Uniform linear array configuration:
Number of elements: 64
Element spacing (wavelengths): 0.25
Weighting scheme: binomial
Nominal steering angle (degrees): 45
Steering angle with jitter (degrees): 44.535
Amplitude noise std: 0.05
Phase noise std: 0.05

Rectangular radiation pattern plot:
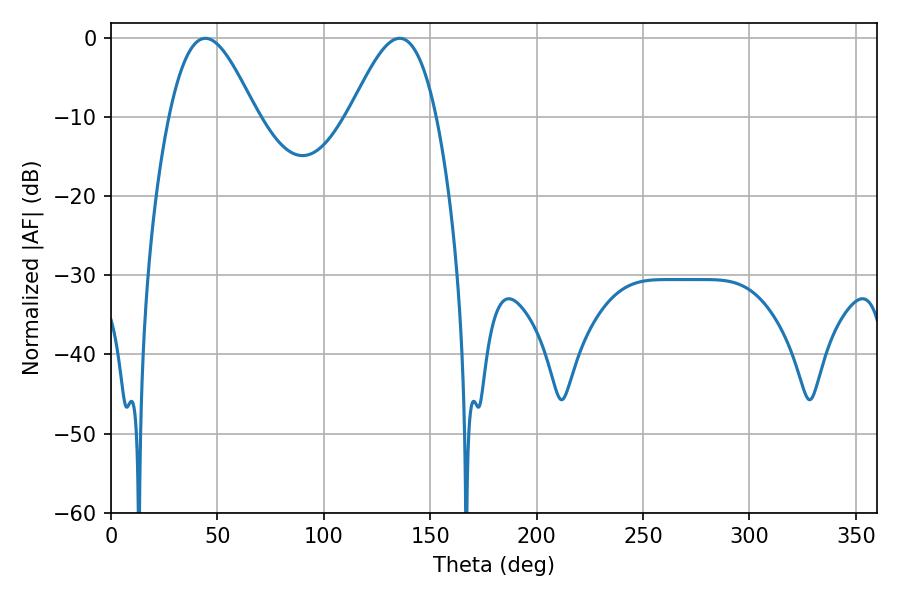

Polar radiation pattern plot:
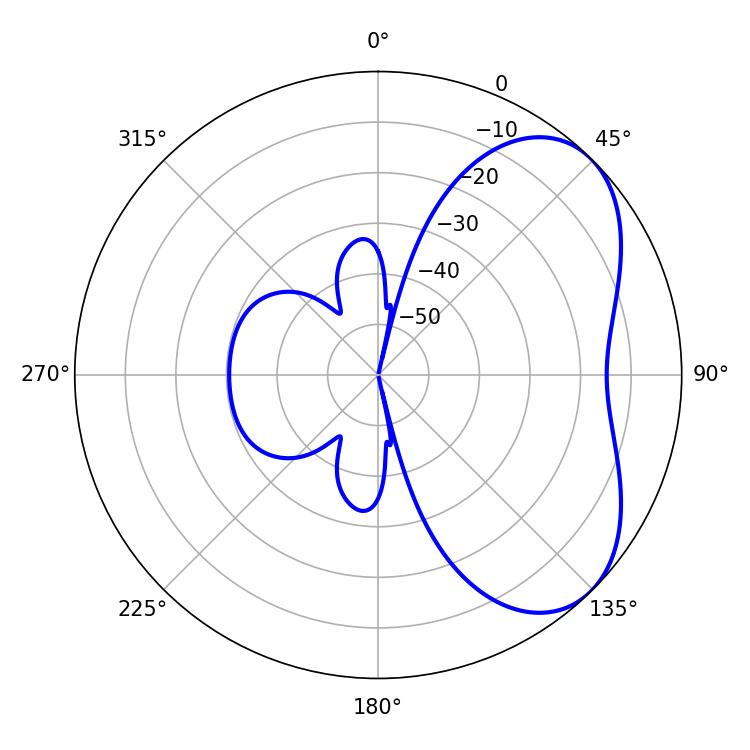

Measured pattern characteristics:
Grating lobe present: FALSE
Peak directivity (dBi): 5.079
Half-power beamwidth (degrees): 21.78
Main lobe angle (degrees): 44.28